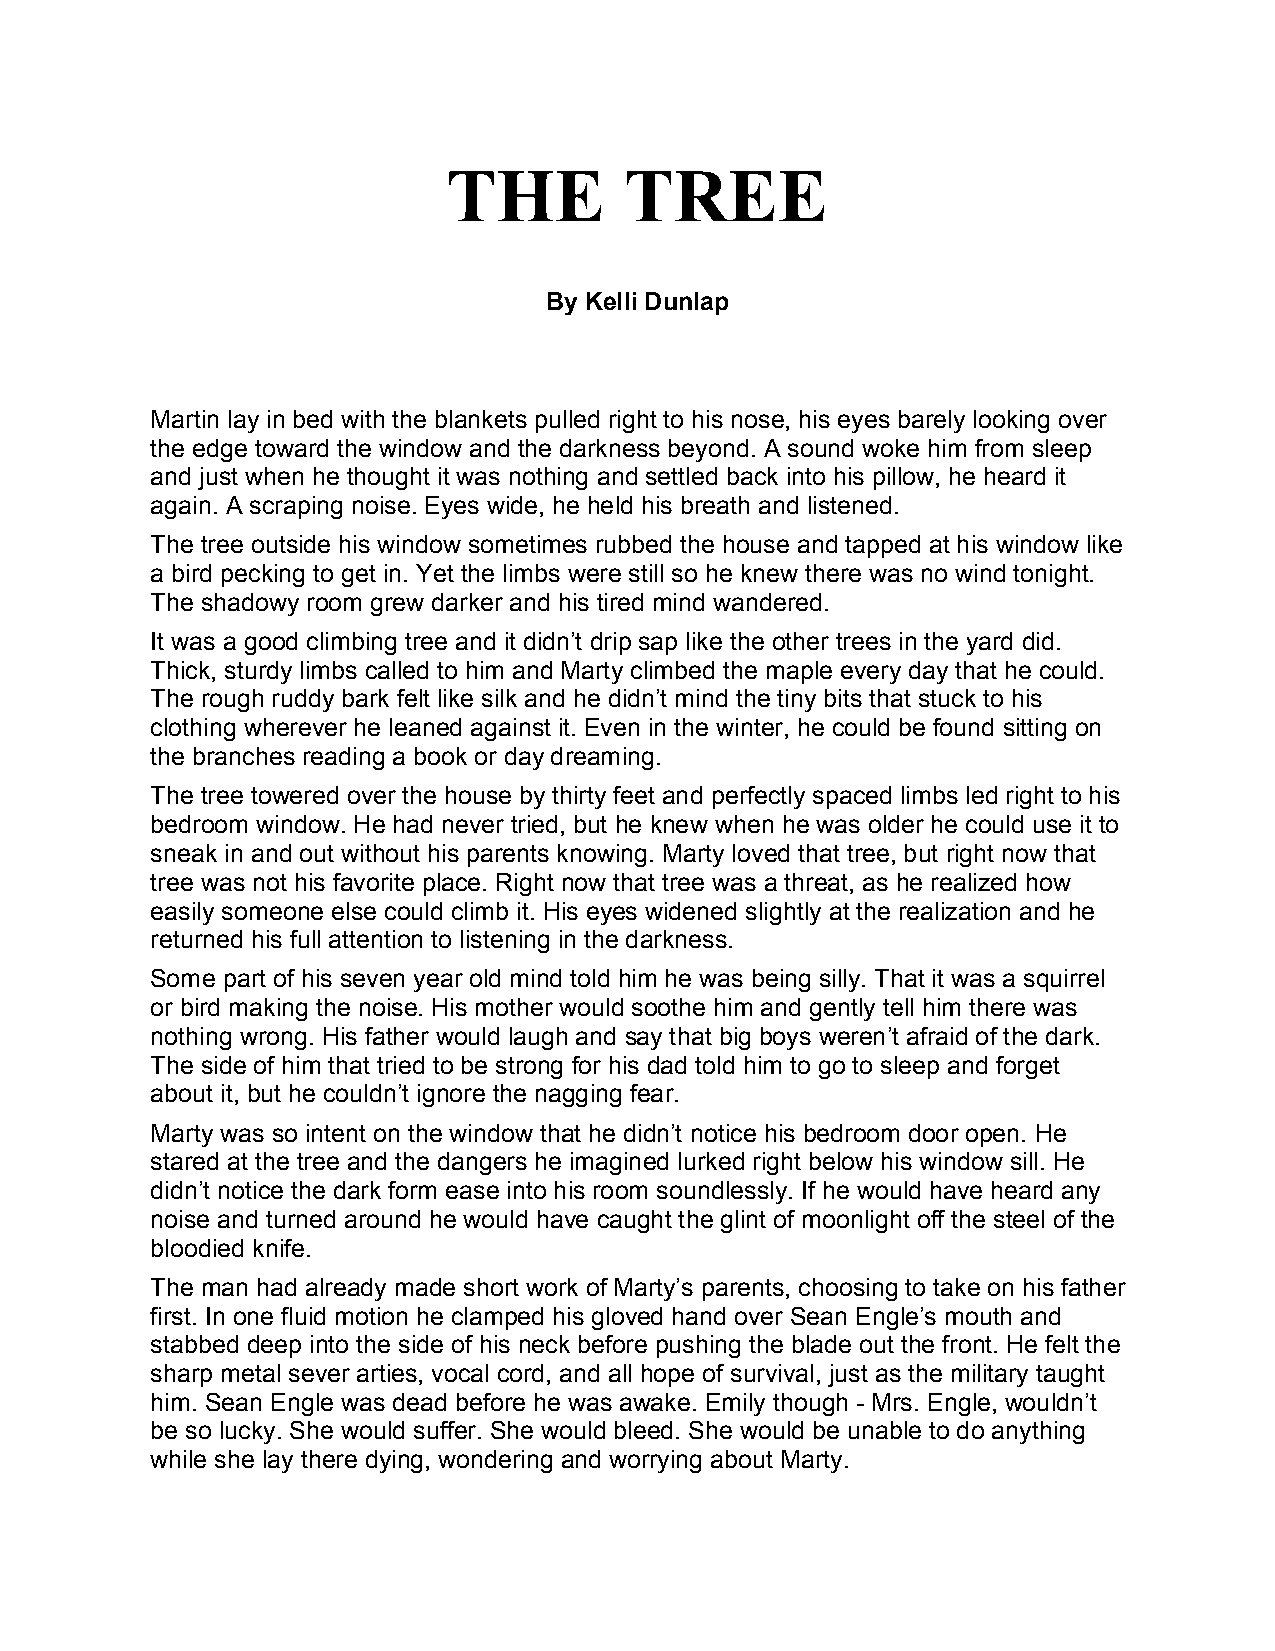
THE        TREE
 By Kelli Dunlap
 Martin lay in bed with the blankets pulled right to his nose, his eyes barely looking over
 the edge toward the window and the darkness beyond. A sound woke him from sleep
 and just when he thought it was nothing and settled back into his pillow, he heard it
 again. A scraping noise. Eyes wide, he held his breath and listened.
 The tree outside his window sometimes rubbed the house and tapped at his window like
 a bird pecking to get in. Yet the limbs were still so he knew there was no wind tonight.
 The shadowy room grew darker and his tired mind wandered.
 It was a good climbing tree and it didn’t drip sap like the other trees in the yard did.
 Thick, sturdy limbs called to him and Marty climbed the maple every day that he could.
 The rough ruddy bark felt like silk and he didn’t mind the tiny bits that stuck to his
 clothing wherever he leaned against it. Even in the winter, he could be found sitting on
 the branches reading a book or day dreaming.
 The tree towered over the house by thirty feet and perfectly spaced limbs led right to his
 bedroom window. He had never tried, but he knew when he was older he could use it to
 sneak in and out without his parents knowing. Marty loved that tree, but right now that
 tree was not his favorite place. Right now that tree was a threat, as he realized how
 easily someone else could climb it. His eyes widened slightly at the realization and he
 returned his full attention to listening in the darkness.
 Some part of his seven year old mind told him he was being silly. That it was a squirrel
 or bird making the noise. His mother would soothe him and gently tell him there was
 nothing wrong. His father would laugh and say that big boys weren’t afraid of the dark.
 The side of him that tried to be strong for his dad told him to go to sleep and forget
 about it, but he couldn’t ignore the nagging fear.
 Marty was so intent on the window that he didn’t notice his bedroom door open. He
 stared at the tree and the dangers he imagined lurked right below his window sill. He
 didn’t notice the dark form ease into his room soundlessly. If he would have heard any
 noise and turned around he would have caught the glint of moonlight off the steel of the
 bloodied knife.
 The man had already made short work of Marty’s parents, choosing to take on his father
 first. In one fluid motion he clamped his gloved hand over Sean Engle’s mouth and
 stabbed deep into the side of his neck before pushing the blade out the front. He felt the
 sharp metal sever arties, vocal cord, and all hope of survival, just as the military taught
 him. Sean Engle was dead before he was awake. Emily though - Mrs. Engle, wouldn’t
 be so lucky. She would suffer. She would bleed. She would be unable to do anything
 while she lay there dying, wondering and worrying about Marty.